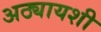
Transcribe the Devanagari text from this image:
अठ्यायशी